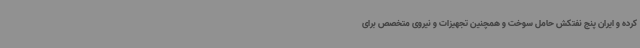
کرده و ایران پنج نفتکش حامل سوخت و همچنین تجهیزات و نیروی متخصص برای